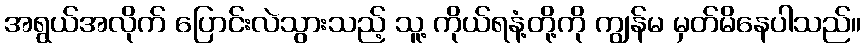
အရွယ်အလိုက် ပြောင်းလဲသွားသည့် သူ့ ကိုယ်ရနံ့တို့ကို ကျွန်မ မှတ်မိနေပါသည်။